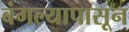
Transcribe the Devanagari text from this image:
बंगल्यापासून